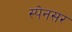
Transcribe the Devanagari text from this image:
स्पेनसर